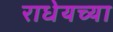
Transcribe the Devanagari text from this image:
राधेयच्या